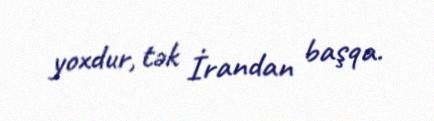
yoxdur, tək İrandan başqa.